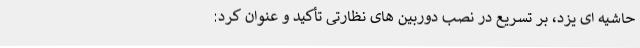
حاشیه ای یزد، بر تسریع در نصب دوربین های نظارتی تأکید و عنوان کرد: